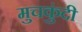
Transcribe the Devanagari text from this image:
मुचकुंदी